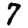
Digit: 7